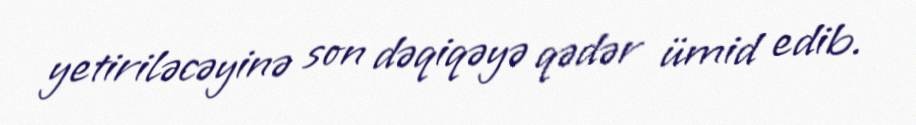
yetiriləcəyinə son dəqiqəyə qədər ümid edib.